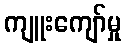
ကျူးကျော်မှု